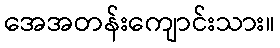
အေအတန်းကျောင်းသား။